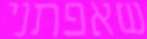
שאפתני